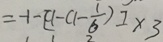
= - 1 - [ 1 - ( 1 - \frac { 1 } { 6 } ) ] \times 3